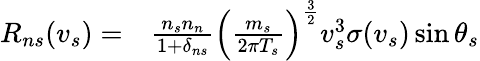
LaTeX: \begin{array}{rl}{R_{ns}(v_{s})=}&{{}\frac{n_{s}n_{n}}{1+\delta_{ns}}\left(\frac{m_{s}}{2\pi T_{s}}\right)^{\frac{3}{2}}v_{s}^{3}\sigma(v_{s})\sin\theta_{s}}\end{array}